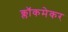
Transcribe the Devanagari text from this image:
क्लॉकमेकर